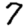
Digit: 7